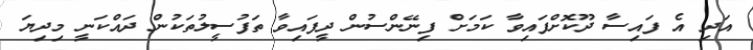
އަދި އެ ފައިސާ ދޫކޮށްފައިވާ ކަމަށް ފިނޭންސުން ދީފައިވާ ތަފުސީލުތަކުން ދައްކަނީ މިދިޔަ